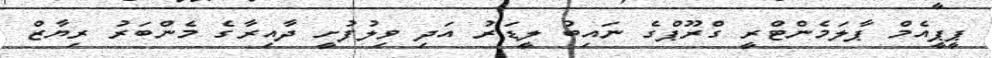
ޕީޕީއެމް ޕާލަމެންޓްރީ ގްރޫޕްގެ ނައިބު ލީޑަރު އަދި ވިލުފުށީ ދާއިރާގެ މެންބަރު ރިޔާޒް